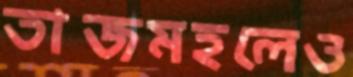
তাজমহলেও